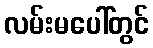
လမ်းမပေါ်တွင်